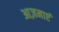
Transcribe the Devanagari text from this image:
आज़माएं